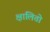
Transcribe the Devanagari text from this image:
क्षालितो